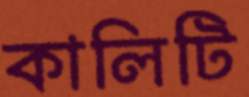
কালিটি